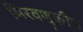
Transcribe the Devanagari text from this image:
मिरवणुकीचं